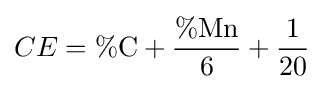
CE=\%{\text{C}}+{\frac {\%{\text{Mn}}}{6}}+{\frac {1}{20}}